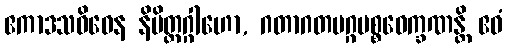
ဧကာဒသဝိဓေန နိမိတ္တဂ္ဂါဟော, ဂတာဂတမဂ္ဂပစ္စဝေက္ခဏန္တိ ဧဝံ